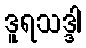
ဒူရသဒ္ဒါ